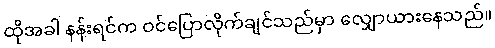
ထိုအခါ နန်းရင်က ဝင်ပြောလိုက်ချင်သည်မှာ လျှောယားနေသည်။